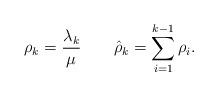
LaTeX: \begin{align*}\rho_k= \frac{\lambda_k}{\mu}\quad\quad\hat{\rho}_{k} = \sum_{i=1}^{k-1}\rho_i.\end{align*}